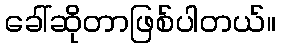
ခေါ်ဆိုတာဖြစ်ပါတယ်။